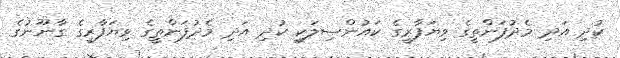
ކުދި އަދި މެދުފަންތީގެ ވިޔަފާރީގެ ކައުންސިލަކީ ކުދި އަދި މެދުފަންތީގެ ވިޔަފާރީގެ ގާނޫނުގެ